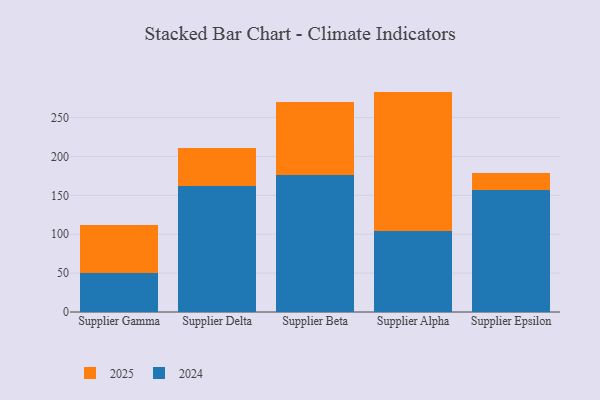
{"axis": {"x": "Supplier", "y": "Temperature (°C)"}, "legend": ["2024", "2025"], "data": [{"x": "Supplier Gamma", "y": 49.7, "type": "2024"}, {"x": "Supplier Gamma", "y": 61.8, "type": "2025"}, {"x": "Supplier Delta", "y": 161.7, "type": "2024"}, {"x": "Supplier Delta", "y": 49.3, "type": "2025"}, {"x": "Supplier Beta", "y": 176.7, "type": "2024"}, {"x": "Supplier Beta", "y": 93.5, "type": "2025"}, {"x": "Supplier Alpha", "y": 104.7, "type": "2024"}, {"x": "Supplier Alpha", "y": 178.7, "type": "2025"}, {"x": "Supplier Epsilon", "y": 157.3, "type": "2024"}, {"x": "Supplier Epsilon", "y": 21.1, "type": "2025"}]}